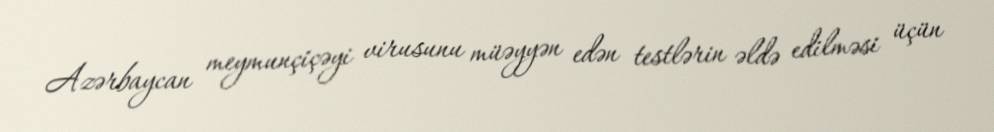
Azərbaycan meymunçiçəyi virusunu müəyyən edən testlərin əldə edilməsi üçün